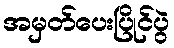
အမှတ်ပေးပြိုင်ပွဲ